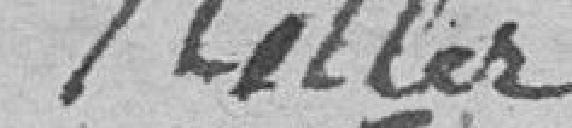
Peiller